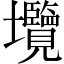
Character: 𡔑